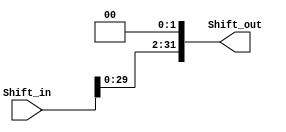
module Shifter #(parameter width=32 )
(
input       [width-1:0]  Shift_in,
output reg  [31:0]       Shift_out
);

always @(*)
    begin
        Shift_out = Shift_in<<2;
    end

endmodule